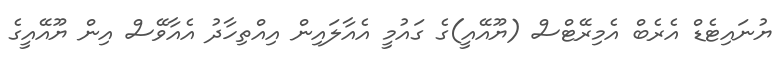
ޔުނައިޓެޑް އެރެބް އެމިރޭޓްސް (ޔޫއޭއީ)ގެ ގައުމީ އެއާލައިން އިއްތިހާދު އެއާވޭސް އިން ޔޫއޭއީގެ